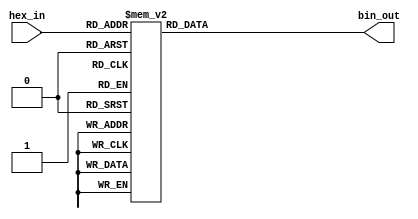
module hex_to_bin_encoder (
    input  wire [3:0] hex_in,   // 4-bit input representing the hexadecimal digit
    output reg  [3:0] bin_out    // 4-bit output representing the binary equivalent
);

// Combinational logic to assign the binary output based on the hexadecimal input
always @(*) begin
    case (hex_in)
        4'b0000: bin_out = 4'b0000; // 0 -> 0
        4'b0001: bin_out = 4'b0001; // 1 -> 1
        4'b0010: bin_out = 4'b0010; // 2 -> 2
        4'b0011: bin_out = 4'b0011; // 3 -> 3
        4'b0100: bin_out = 4'b0100; // 4 -> 4
        4'b0101: bin_out = 4'b0101; // 5 -> 5
        4'b0110: bin_out = 4'b0110; // 6 -> 6
        4'b0111: bin_out = 4'b0111; // 7 -> 7
        4'b1000: bin_out = 4'b1000; // 8 -> 8
        4'b1001: bin_out = 4'b1001; // 9 -> 9
        4'b1010: bin_out = 4'b1010; // A -> 10
        4'b1011: bin_out = 4'b1011; // B -> 11
        4'b1100: bin_out = 4'b1100; // C -> 12
        4'b1101: bin_out = 4'b1101; // D -> 13
        4'b1110: bin_out = 4'b1110; // E -> 14
        4'b1111: bin_out = 4'b1111; // F -> 15
        default: bin_out = 4'b0000;  // Default case (should not occur with valid inputs)
    endcase
end

endmodule